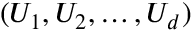
( U _ { 1 } , U _ { 2 } , \dots , U _ { d } )